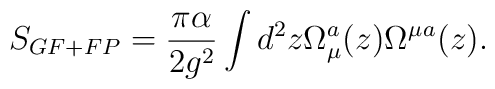
S_{GF+FP} = {\pi \alpha \over 2g^2} \int d^2z   \Omega_\mu^a(z) \Omega^\mu{}^a(z) .